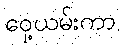
ဝှေ့ယမ်းကာ